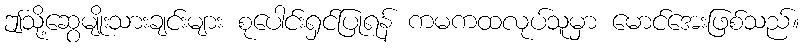
ဤသို့ဆွေမျိုးသားချင်းများ စုပေါင်းရှင်ပြုရန် ကမကထလုပ်သူမှာ မောင်အေးဖြစ်သည်။